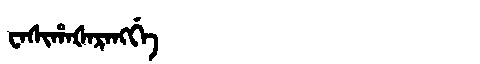
Manchu: ᠸᠠᠰᡳᡥᠠᡧᠠᡵᠠᠩᡤᡝ
Romanization: WASIHAŠARANGGE